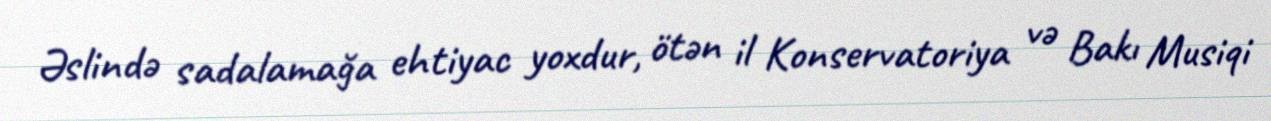
Əslində sadalamağa ehtiyac yoxdur, ötən il Konservatoriya və Bakı Musiqi